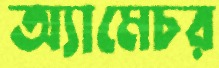
অ্যামেচর